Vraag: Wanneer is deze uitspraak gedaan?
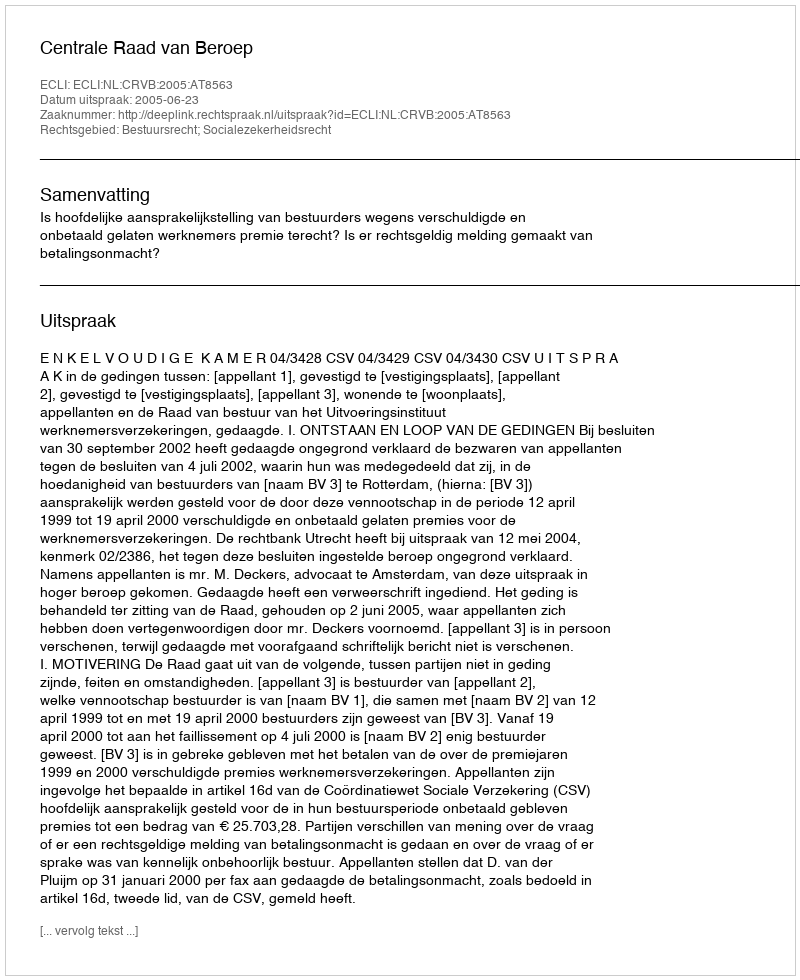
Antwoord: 2005-06-23